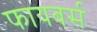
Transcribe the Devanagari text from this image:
फायबर्स